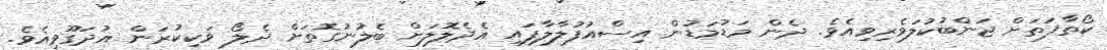
ކޯތާފަތަށް ޖަންބުކުލަވެރިވިއެވެ. ދެން މަޑުމަޑުން އިސްއުފުލާލާފައި އެދެލޮލަށް ބެލުނުގޮތަށް ދެލޯ ވަކިކުރަން އުދަގޫވިއެވެ.